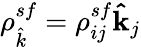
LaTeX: \rho_{\hat{k}}^{sf}=\rho_{ij}^{sf}\mathbf{\hat{k}}_{j}